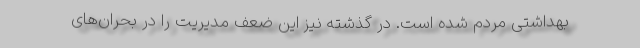
بهداشتی مردم شده است. در گذشته نیز این ضعف مدیریت را در بحران‌های